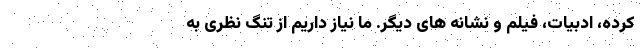
کرده، ادبیات، فیلم و نشانه های دیگر. ما نیاز داریم از تنگ نظری به